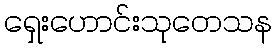
ရှေးဟောင်းသုတေသန